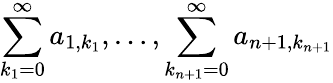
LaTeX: \sum_{k_{1}=0}^{\infty}a_{1,k_{1}},\ldots,\sum_{k_{n+1}=0}^{\infty}a_{n+1,k_{n+1}}